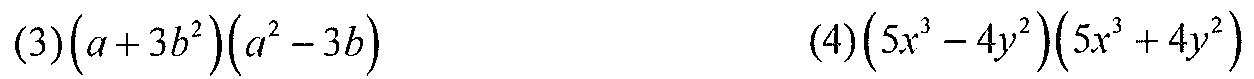
(3)\((a + 3b^{2})(a^{2}-3b)\)
(4)\((5x^{3}-4y^{2})(5x^{3}+4y^{2})\)